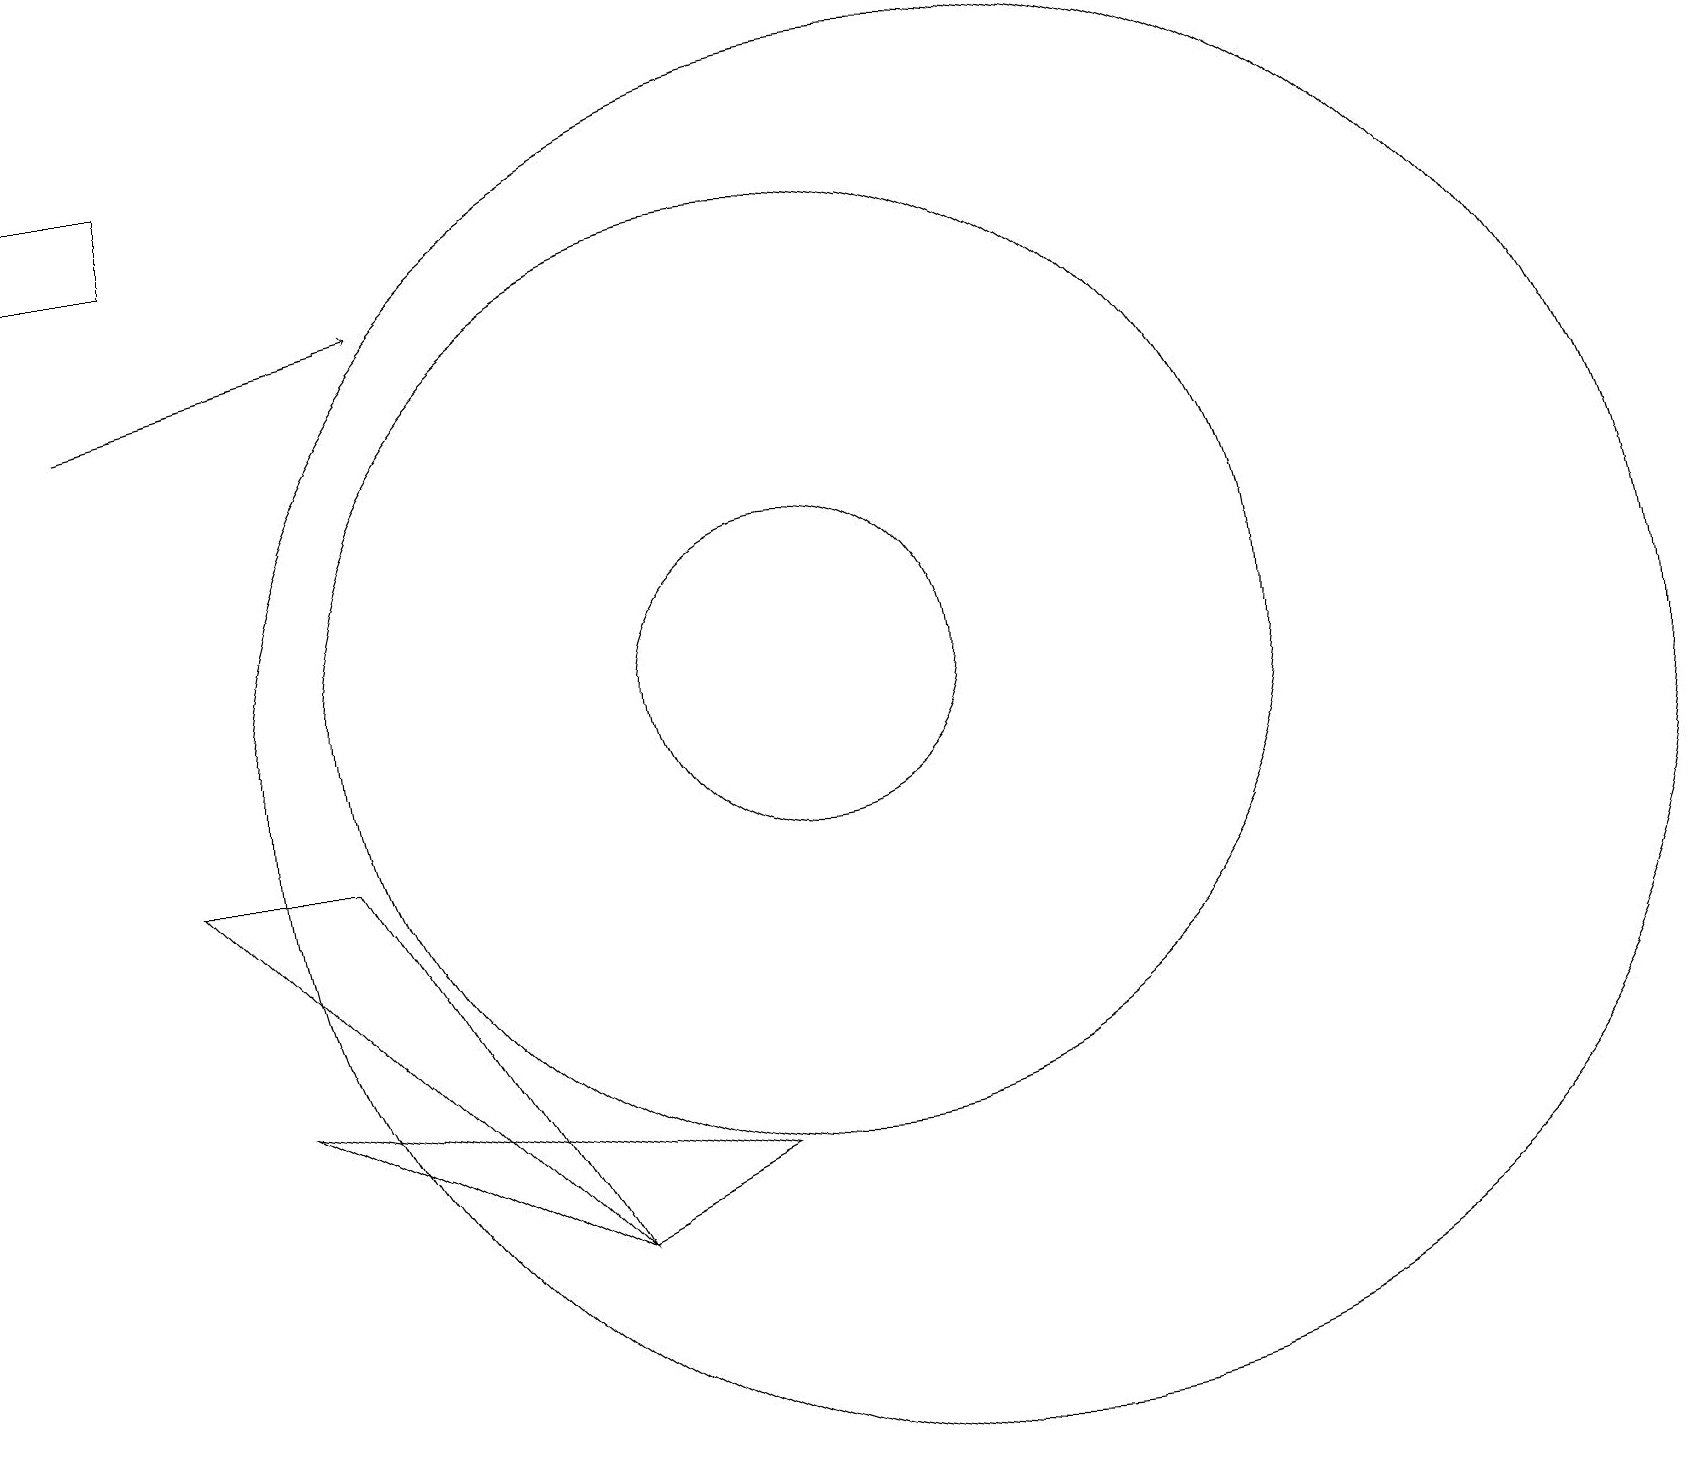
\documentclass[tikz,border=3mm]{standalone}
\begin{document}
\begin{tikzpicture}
\draw (0,17) rectangle (2,18);
\draw (12,10) circle (9);
\draw (3,6) -- (7,4) -- (9,5) -- cycle;
\draw (4,9) -- (2,9) -- (7,4) -- cycle;
\draw (10,11) circle (2);
\draw[->] (1,15) -- (5,16);
\draw (10,11) circle (6);
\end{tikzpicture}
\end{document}